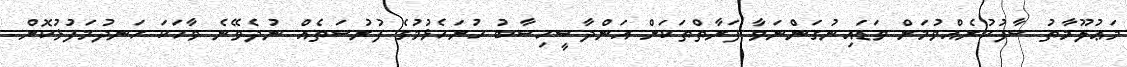
މަޢުލޫމާތު ސާފުކުރެއްވުމަށް ވަޑައިނުގަންނަވާ ފަރާތްތަކަށް އަންދާސީހިސާބު ހުށަހެޅުމުގެ ފުރުސަތެއް ނުދެވޭނެ ވާހަކަ ހަނދުމަފުޅުކޮށް